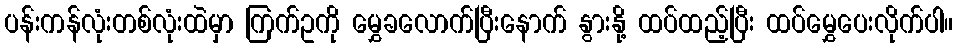
ပန်းကန်လုံးတစ်လုံးထဲမှာ ကြက်ဥကို မွှေခလောက်ပြီးနောက် နွားနို့ ထပ်ထည့်ပြီး ထပ်မွှေပေးလိုက်ပါ။